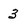
Character: 3